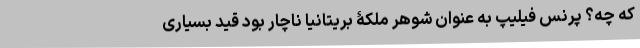
که چه؟ پرنس فیلیپ به عنوان شوهر ملکۀ بریتانیا ناچار بود قید بسیاری